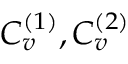
C _ { v } ^ { ( 1 ) } , C _ { v } ^ { ( 2 ) }